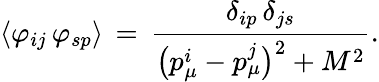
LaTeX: \langle\varphi_{ij}\, \varphi_{sp}\rangle\, =\, \frac{\delta_{ip}\, \delta_{js}}{\bigl(p_{\mu}^{i}-p_{\mu}^{j}\bigr)^{2}+M^{2}}.